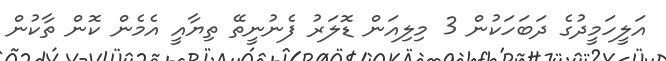
އަލީހަމީދުގެ ދަބަހަކުން 3 މިލިއަން ޑޮލަރު ފެނުނީތޭ ތިޔާއީ އެމެން ކޮން ތާކުން